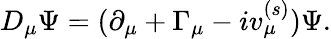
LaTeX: D_{\mu}\Psi=(\partial_{\mu}+\Gamma_{\mu}-iv_{\mu}^{(s)})\Psi.